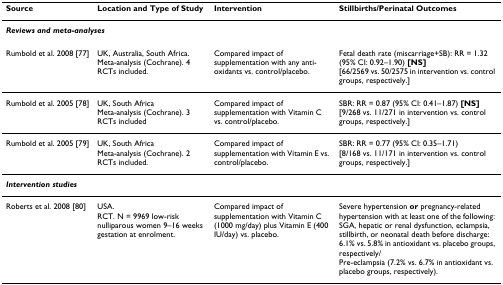
<table><thead><tr><td><b>Source</b></td><td><b>Location and Type of Study</b></td><td><b>Intervention</b></td><td><b>Stillbirths/Perinatal Outcomes</b></td></tr></thead><tbody><tr><td colspan="4"><b><i>Reviews and meta-analyses</i></b></td></tr><tr><td>Rumbold et al. 2008 [77]</td><td>UK, Australia, South Africa.Meta-analysis (Cochrane). 4 RCTs included.</td><td>Compared impact of supplementation with any anti-oxidants vs. control/placebo.</td><td>Fetal death rate (miscarriage+SB): RR = 1.32 (95% CI: 0.92–1.90) <b>[NS]</b>[66/2569 vs. 50/2575 in intervention vs. control groups, respectively.]</td></tr><tr><td>Rumbold et al. 2005 [78]</td><td>UK, South AfricaMeta-analysis (Cochrane). 3 RCTs included</td><td>Compared impact of supplementation with Vitamin C vs. control/placebo.</td><td>SBR: RR = 0.87 (95% CI: 0.41–1.87) <b>[NS]</b>[9/268 vs. 11/271 in intervention vs. control groups, respectively.]</td></tr><tr><td>Rumbold et al. 2005 [79]</td><td>UK, South AfricaMeta-analysis (Cochrane). 2 RCTs included.</td><td>Compared impact of supplementation with Vitamin E vs. control/placebo.</td><td>SBR: RR = 0.77 (95% CI: 0.35–1.71)[8/168 vs. 11/171 in intervention vs. control groups, respectively.]</td></tr><tr><td colspan="4"><b><i>Intervention studies</i></b></td></tr><tr><td>Roberts et al. 2008 [80]</td><td>USA.RCT. N = 9969 low-risk nulliparous women 9–16 weeks gestation at enrolment.</td><td>Compared impact of supplementation with Vitamin C (1000 mg/day) plus Vitamin E (400 IU/day) vs. placebo.</td><td>Severe hypertension <b>or </b>pregnancy-related hypertension with at least one of the following: SGA, hepatic or renal dysfunction, eclampsia, stillbirth, or neonatal death before discharge: 6.1% vs. 5.8% in antioxidant vs. placebo groups, respectively/Pre-eclampsia (7.2% vs. 6.7% in antioxidant vs. placebo groups, respectively).</td></tr></tbody></table>